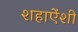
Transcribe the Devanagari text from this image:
शहाऐंशी